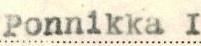
Ponnikka I